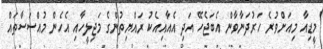
މީޑިއާ މިއަށްވުރެ ހަރުދަނާވާން އެބަޖެހޭ އަދި އެއާއިއެކު ރައްޔިތުންގެ މަޖިލީހާއި އެހެން މުއްސަސާތައް